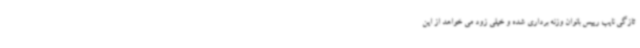
تازگی نایب رییس بانوان وزنه برداری شده و خیلی زود می خواهد از این